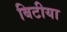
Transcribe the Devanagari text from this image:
बिटीया